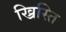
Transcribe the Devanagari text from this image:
ख्रिस्ति